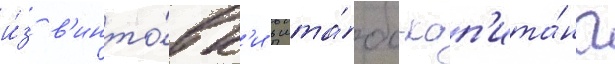
и́з в'инто́вк'и в шта́бс-кап'ита́на